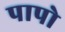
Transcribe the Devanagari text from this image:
पापो